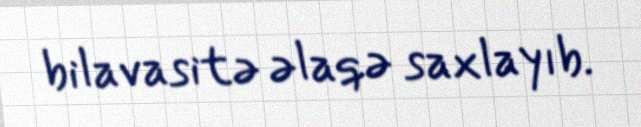
bilavasitə əlaqə saxlayıb.